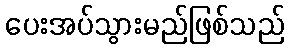
ပေးအပ်သွားမည်ဖြစ်သည်